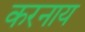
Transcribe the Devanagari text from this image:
करनाय